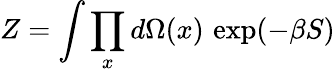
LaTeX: Z=\int\prod_{x}d\Omega(x)\, \exp(-\beta S)